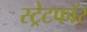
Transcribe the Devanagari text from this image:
स्ट्रेटफॉर